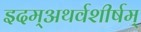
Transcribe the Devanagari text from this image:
इदम्‌अथर्वशीर्षम्‌